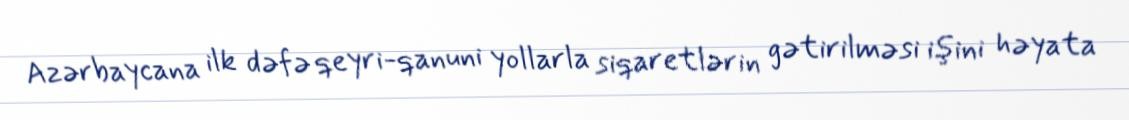
Azərbaycana ilk dəfə qeyri-qanuni yollarla siqaretlərin gətirilməsi işini həyata